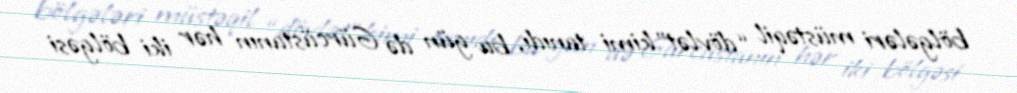
bölgələri müstəqil “dövlət”kimi tanıdı, bu gün də Gürcüstanın hər iki bölgəsi